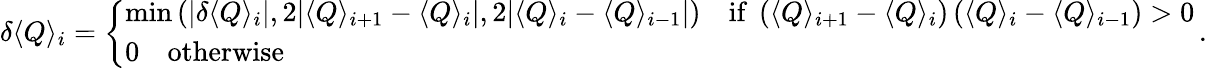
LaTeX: \delta\langle Q\rangle_{i}=\left\{ \begin{array}{ll}{\mathrm{min}\left(|\delta\langle Q\rangle_{i}|,2|\langle Q\rangle_{i+1}-\langle Q\rangle_{i}|,2|\langle Q\rangle_{i}-\langle Q\rangle_{i-1}|\right)\quad\mathrm{if~}\left(\langle Q\rangle_{i+1}-\langle Q\rangle_{i}\right)\left(\langle Q\rangle_{i}-\langle Q\rangle_{i-1}\right)>0}\\ {0\quad\mathrm{otherwise~}}\end{array}\right.\, .